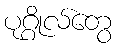
ပုဂ္ဂိုလ်တွေ